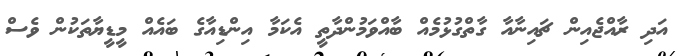
އަދި ރާއްޖެއިން ޗައިނާއާ ގާތްގުޅުމެއް ބާއްވަމުންދާތީ އެކަމާ އިންޑިއާގެ ބައެއް މީޑީޔާތަކުން ވެސް